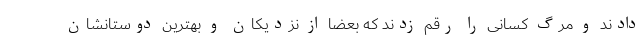
دادند و مرگ کسانی را رقم زدند که بعضاً از نزدیکان و بهترین دوستانشان